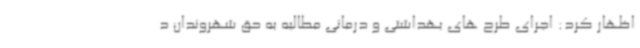
اظهار کرد: اجرای طرح های بهداشتی و درمانی مطالبه به حق شهروندان د